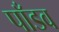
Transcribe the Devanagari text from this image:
पाँडव